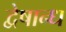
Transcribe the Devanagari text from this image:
द्वेषान्ध